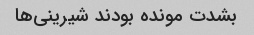
بشدت مونده بودند شیرینی‌ها